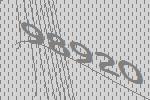
98920